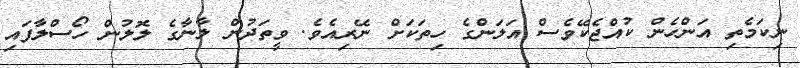
ނިކަމެތި އަންހެން ކުއްޖެކޭވެސް އަލަންގެ ހިތަކަށް ނޭރިއެވެ. ވީތަދުން ލާނާގެ ލޮލުން ހޯސްލާފައި